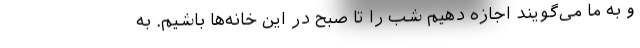
و به ما می‌گویند اجازه دهیم شب را تا صبح در این خانه‌ها باشیم. به